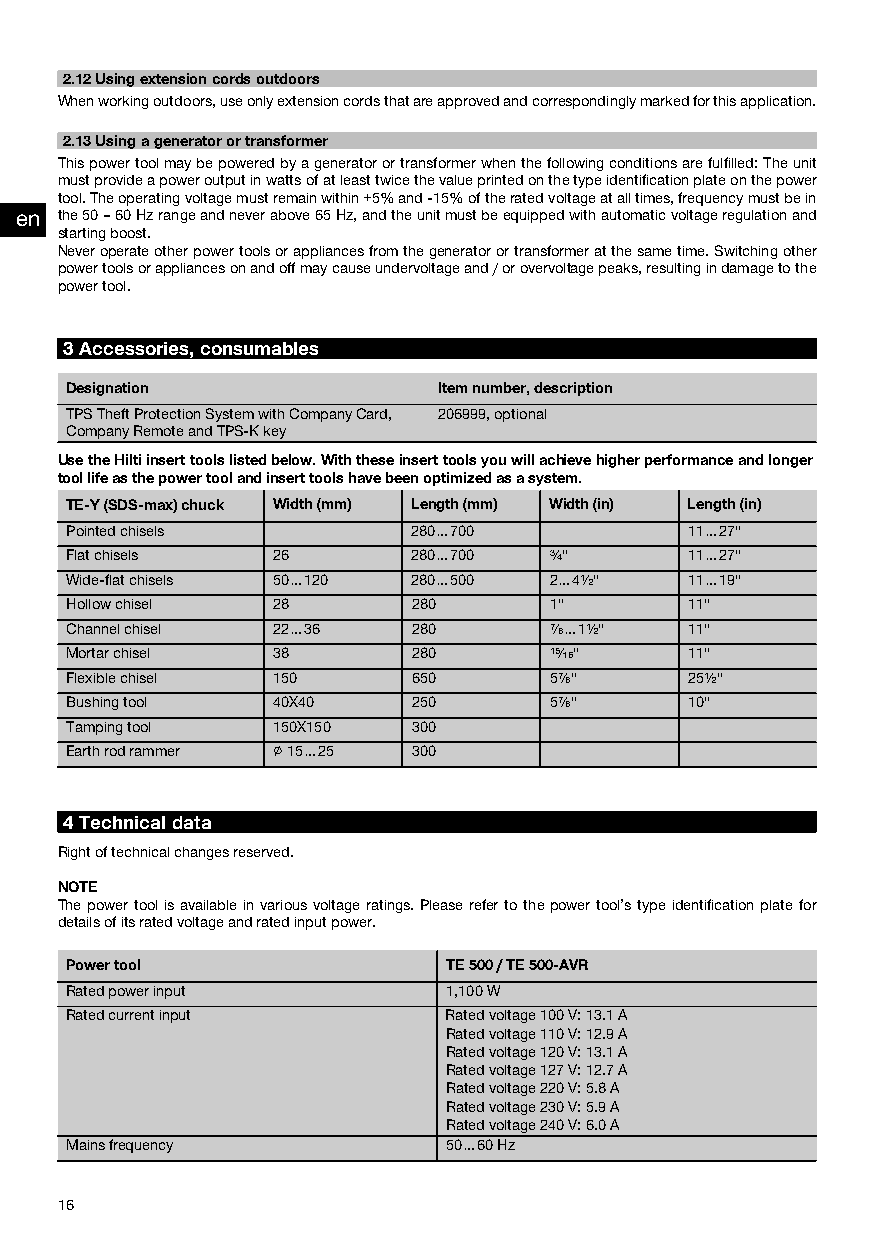
2.12Usingextensioncordsoutdoors
 Whenworkingoutdoors,useonlyextensioncordsthatareapprovedandcorrespondinglymarkedforthisapplication.
 2.13Usingageneratorortransformer
 Thispowertoolmaybepoweredbyageneratorortransformerwhenthefollowingconditionsarefulfilled:Theunit
 mustprovideapoweroutputinwattsofatleasttwicethevalueprintedonthetypeidentificationplateonthepower
 tool.Theoperatingvoltagemustremainwithin+5%and-15%oftheratedvoltageatalltimes,frequencymustbein
 en the50–60Hzrangeandneverabove65Hz,andtheunitmustbeequippedwithautomaticvoltageregulationand
 startingboost.
 Neveroperateotherpowertoolsorappliancesfromthegeneratorortransformeratthesametime.Switchingother
 powertoolsorappliancesonandoffmaycauseundervoltageand/orovervoltagepeaks,resultingindamagetothe
 powertool.
 3Accessories,consumables
 Designation             Itemnumber,description
 TPSTheftProtectionSystemwithCompanyCard, 206999,optional
 CompanyRemoteandTPS‑Kkey
 UsetheHiltiinserttoolslistedbelow.Withtheseinserttoolsyouwillachievehigherperformanceandlonger
 toollifeasthepowertoolandinserttoolshavebeenoptimizedasasystem.
 TE‑Y(SDS‑max)chuck Width(mm) Length(mm) Width(in) Length(in)
 Pointedchisels        280…700            11…27"
 Flatchisels  26       280…700   ³⁄₄"     11…27"
 Wide-flatchisels 50…120 280…500 2…4¹⁄₂"  11…19"
 Hollowchisel 28       280       1"       11"
 Channelchisel 22…36   280       ⁷⁄₈…1¹⁄₂" 11"
 Mortarchisel 38       280       ¹⁵⁄₁₆"   11"
 Flexiblechisel 150    650       5⁷⁄₈"    25¹⁄₂"
 Bushingtool  40X40    250       5⁷⁄₈"    10"
 Tampingtool  150X150  300
 Earthrodrammer ∅15…25 300
 4Technicaldata
 Rightoftechnicalchangesreserved.
 NOTE
 Thepowertoolisavailableinvariousvoltageratings.Pleaserefertothepowertool’stypeidentificationplatefor
 detailsofitsratedvoltageandratedinputpower.
 Powertool                TE500/TE500‑AVR
 Ratedpowerinput          1,100W
 Ratedcurrentinput        Ratedvoltage100V:13.1A
 Ratedvoltage110V:12.9A
 Ratedvoltage120V:13.1A
 Ratedvoltage127V:12.7A
 Ratedvoltage220V:5.8A
 Ratedvoltage230V:5.9A
 Ratedvoltage240V:6.0A
 Mainsfrequency           50…60Hz
 16
 Printed: 16.05.2014 | Doc-Nr: PUB / 5142390 / 000 / 01